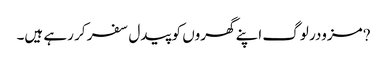
?مزودر لوگ اپنے گھروں کو پیدل سفر کر رہے ہیں۔